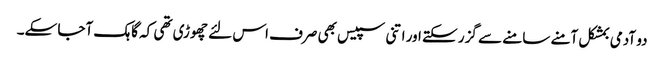
دو آدمی بمشکل آمنے سامنے سے گزر سکتے اور اتنی سپیس بھی صرف اس لئے چھوڑی تھی کہ گاہک آجا سکے۔